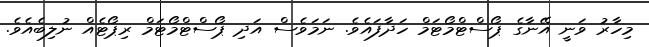
މިހާރު ވަނީ އޭނާގެ ޕޯސްޓްމޯޓަމް ހަދާފައެވެ. ނަމަވެސް އަދި ޕޯސްޓްމޯޓަމް ރިޕޯޓެއް ނުލިބެއެވެ.